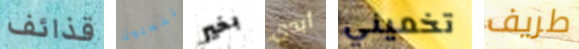
قذائف تفعلون بخير أبدى تخميني طريف